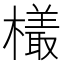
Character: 𬄿